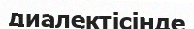
диалектісінде